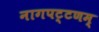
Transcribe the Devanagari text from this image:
नागपट्टणम्